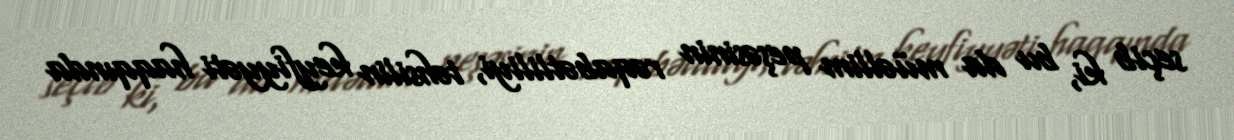
seçib ki, bu da müəllim peşəsinin rəqabətliliyi, təhsilin keyfiyyəti haqqında